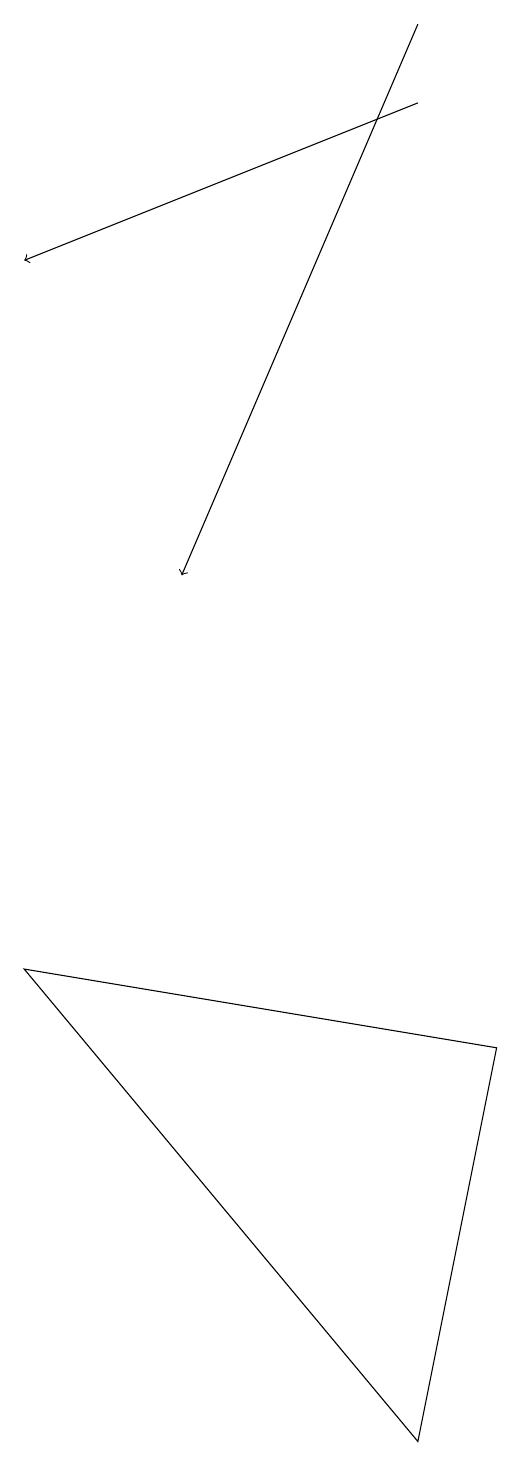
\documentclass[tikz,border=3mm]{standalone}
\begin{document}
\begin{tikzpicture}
\draw[->] (8,18) -- (5,11);
\draw (3,6) -- (8,0) -- (9,5) -- cycle;
\draw[->] (8,17) -- (3,15);
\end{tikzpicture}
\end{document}